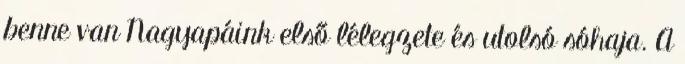
benne van Nagyapáink első lélegzete és utolsó sóhaja. A